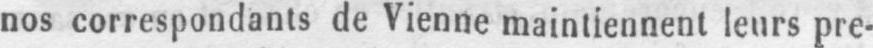
nos correspondants de Vienne maintiennent leurs pre-